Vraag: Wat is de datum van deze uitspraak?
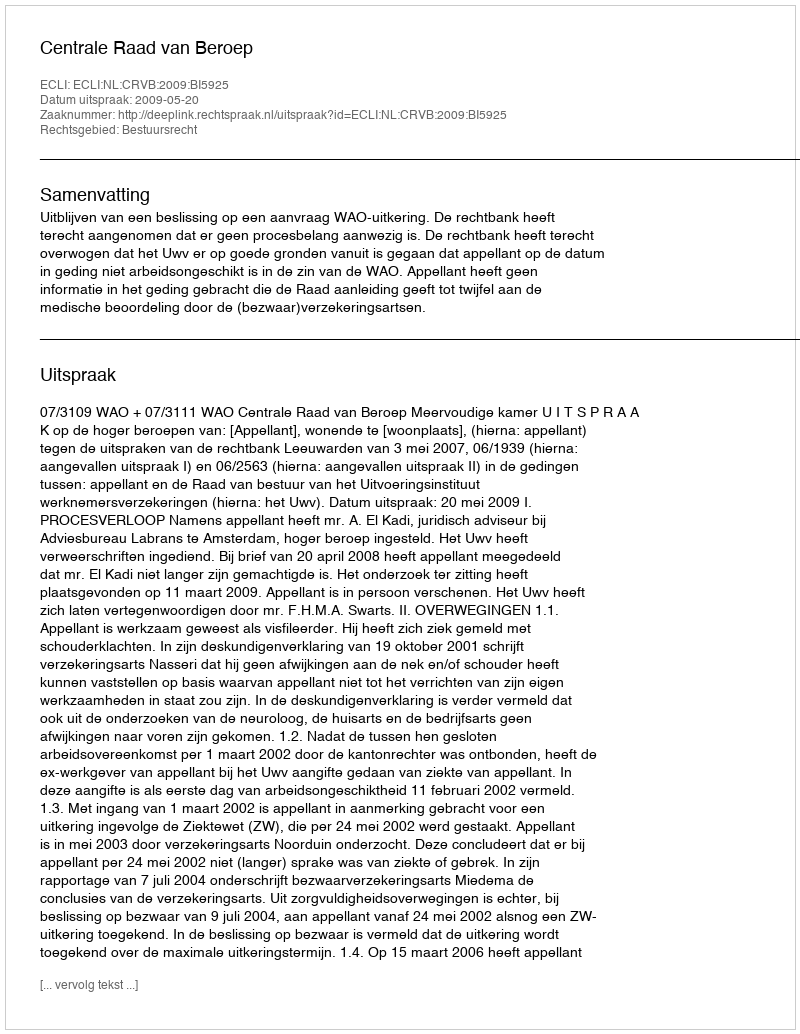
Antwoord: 2009-05-20